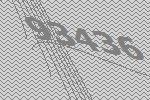
93436